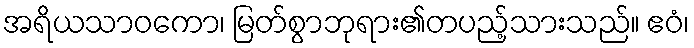
အရိယသာဝကော၊ မြတ်စွာဘုရား၏တပည့်သားသည်။ ဧဝံ၊